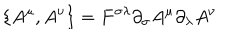
LaTeX: \{ A ^ { \mu } , A ^ { \nu } \} = F ^ { \sigma \lambda } \partial _ { \sigma } A ^ { \mu } \partial _ { \lambda } A ^ { \nu }